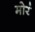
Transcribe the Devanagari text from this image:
मोरं